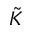
\tilde { K }